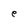
Character: e